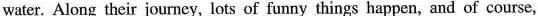
water. Along their journey, lots of funny things happen, and of course,